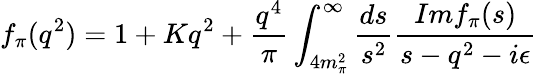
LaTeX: f_{\pi}(q^{2})=1+Kq^{2}+{\frac{q^{4}}{\pi}}\int_{4m_{\pi}^{2}}^{\infty}{\frac{ds}{s^{2}}}{\frac{Imf_{\pi}(s)}{s-q^{2}-i\epsilon}}